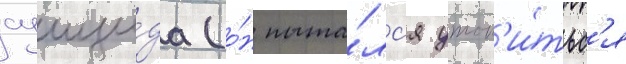
суици́да (о́н пыта́лс'я утоп'и́тьс'я